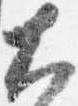
大